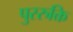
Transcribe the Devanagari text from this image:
पुररुक्ति